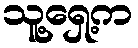
သူ့ရှေ့က